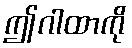
ဤဂါထာကို